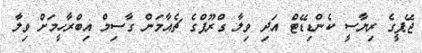
ޖޭޕީގެ ރިޔާސީ ކެންޑިޑޭޓް އަދި ވިލާ ގްރޫޕްގެ ޗެއާމަން ގާސިމް އިބްރާހީމަށް ވިލާ